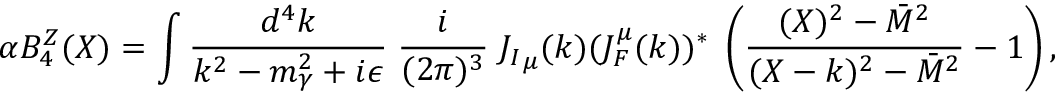
\alpha B _ { 4 } ^ { Z } ( X ) = \int { \frac { d ^ { 4 } k } { k ^ { 2 } - m _ { \gamma } ^ { 2 } + i \epsilon } } \; { \frac { i } { ( 2 \pi ) ^ { 3 } } } \; { J _ { I } } _ { \mu } ( k ) ( J _ { F } ^ { \mu } ( k ) ) ^ { * } \; \left( { \frac { ( X ) ^ { 2 } - \bar { M } ^ { 2 } } { ( X - k ) ^ { 2 } - \bar { M } ^ { 2 } } } - 1 \right) ,